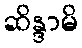
ဆိန္ဒာမိ